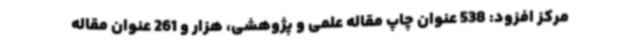
مرکز افزود: 538 عنوان چاپ مقاله علمی و پژوهشی، هزار و 261 عنوان مقاله